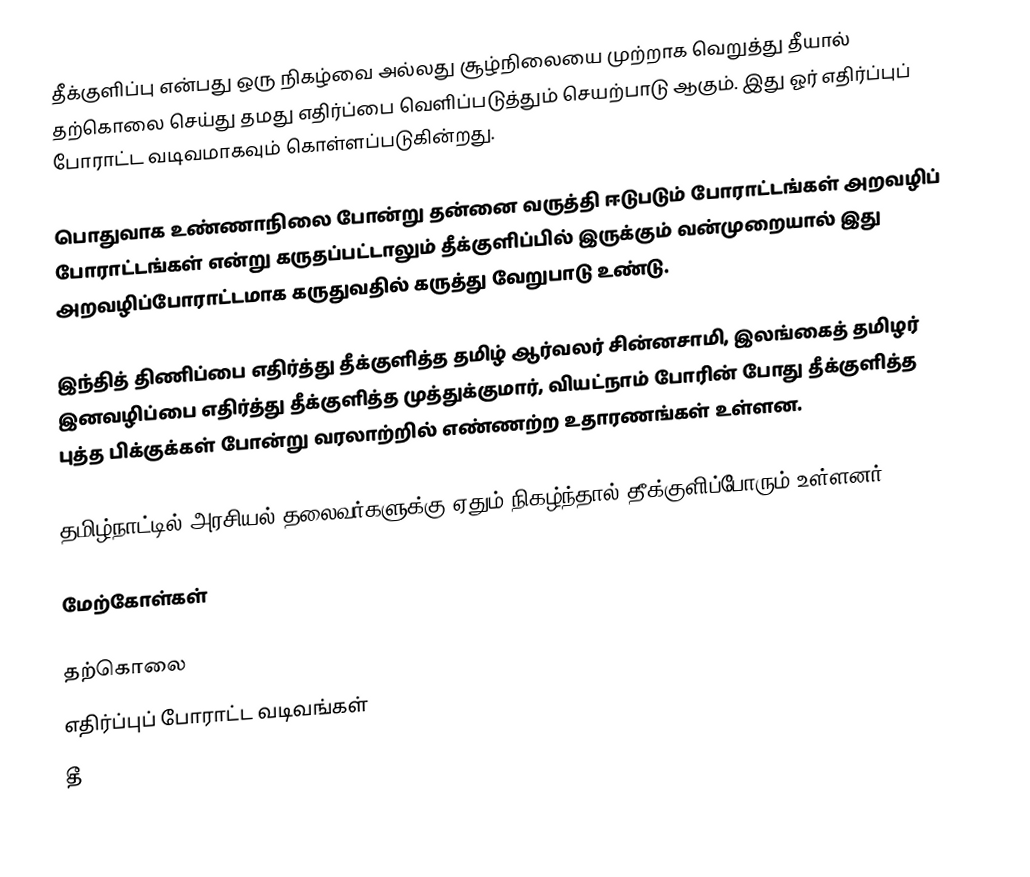
தீக்குளிப்பு என்பது ஒரு நிகழ்வை அல்லது சூழ்நிலையை முற்றாக வெறுத்து தீயால் தற்கொலை செய்து தமது எதிர்ப்பை வெளிப்படுத்தும் செயற்பாடு ஆகும்.  இது ஓர் எதிர்ப்புப் போராட்ட வடிவமாகவும் கொள்ளப்படுகின்றது.

பொதுவாக உண்ணாநிலை போன்று தன்னை வருத்தி ஈடுபடும் போராட்டங்கள் அறவழிப் போராட்டங்கள் என்று கருதப்பட்டாலும் தீக்குளிப்பில் இருக்கும் வன்முறையால் இது அறவழிப்போராட்டமாக கருதுவதில் கருத்து வேறுபாடு உண்டு.

இந்தித் திணிப்பை எதிர்த்து தீக்குளித்த தமிழ் ஆர்வலர் சின்னசாமி, இலங்கைத் தமிழர் இனவழிப்பை எதிர்த்து தீக்குளித்த முத்துக்குமார், வியட்நாம் போரின் போது தீக்குளித்த புத்த பிக்குக்கள் போன்று வரலாற்றில் எண்ணற்ற உதாரணங்கள் உள்ளன.

தமிழ்நாட்டில் அரசியல் தலைவர்களுக்கு ஏதும் நிகழ்ந்தால் தீக்குளிப்போரும் உள்ளனர்.

மேற்கோள்கள்

தற்கொலை
எதிர்ப்புப் போராட்ட வடிவங்கள்
தீ